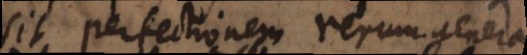
sit, perfectionem rerum genera